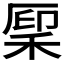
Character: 𫀳